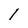
Character: l